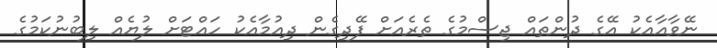
ނޭވާއާއެކު އޭގެ ދުންތައް ޖިސްމުގެ ތެރެއަށް ފޭދިގެން ދިއުމާއެކު ހައްޓަށް ލުޔެއް ލިބުނުކަމުގެ